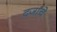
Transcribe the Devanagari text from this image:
दर्जांचे